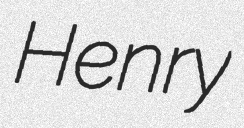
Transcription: Henry